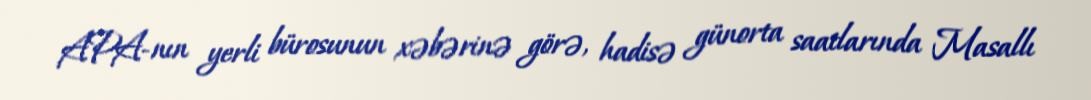
APA-nın yerli bürosunun xəbərinə görə, hadisə günorta saatlarında Masallı